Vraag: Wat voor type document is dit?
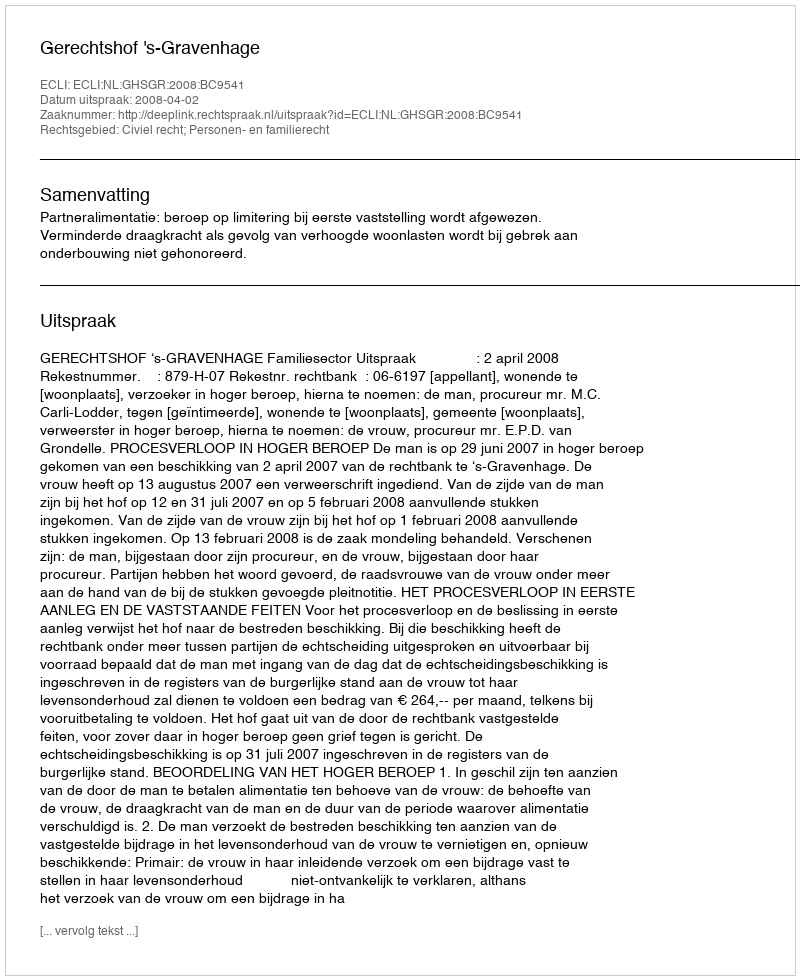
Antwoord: Uitspraak